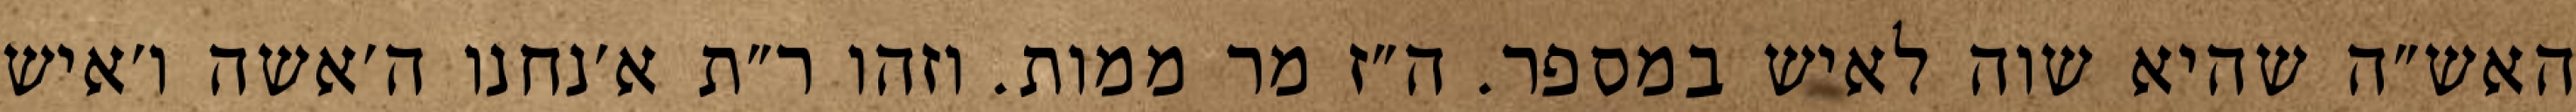
האש״ה שהיא שוה לאיש במספר. ה״ז מר ממות. וזהו ר״ת א׳נחנו ה׳אשה ו׳איש